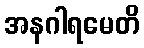
အနဂါရမေတိ